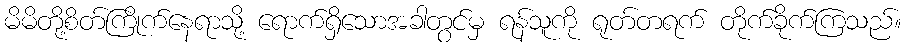
မိမိတို့စိတ်ကြိုက်နေရာသို့ ရောက်ရှိသောအခါတွင်မှ ရန်သူကို ရုတ်တရက် တိုက်ခိုက်ကြသည်။